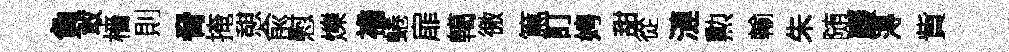
負敢檣則脅掩憇兪慰爍襜蜷扉轕徼篤訂娉甜從漣勲輸朱随巖淂貲